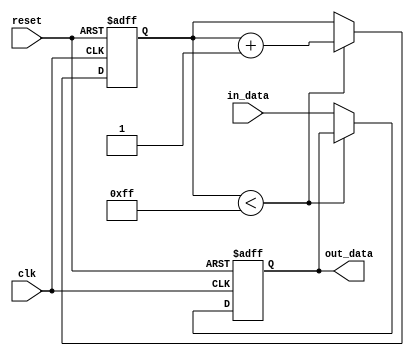
module Inverter_Delay (
    input wire clk,           // Clock signal
    input wire reset,         // Reset signal
    input wire [7:0] in_data, // Input data to be delayed
    output reg [7:0] out_data // Output delayed data
);

reg [7:0] delay_counter; // Counter to control delay

always @ (posedge clk or posedge reset) begin
    if (reset) begin
        delay_counter <= 8'b0; // Reset delay counter
        out_data <= 8'b0;      // Reset output data
    end else begin
        if (delay_counter < 8'b11111111) begin
            delay_counter <= delay_counter + 1; // Increment delay counter
        end else begin
            out_data <= in_data;   // Output delayed data
        end
    end
end

endmodule